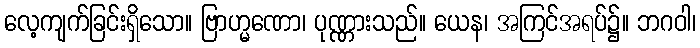
လေ့ကျက်ခြင်းရှိသော။ ဗြာဟ္မဏော၊ ပုဏ္ဏားသည်။ ယေန၊ အကြင်အရပ်၌။ ဘဂဝါ၊